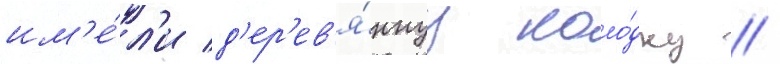
им'е́л'и д'ер'ев'я́ннуу коло́дку /